Lunatic asylums United Provinces 1899-1908 - 1899-1908
Year: 1899
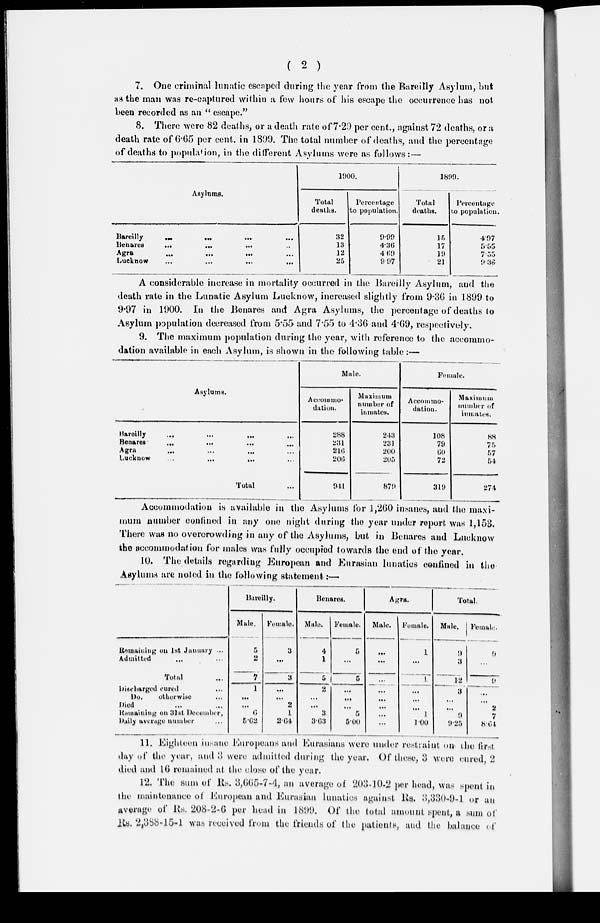
( 2 )
7. One criminal lunatic escaped during the year from the Bareilly Asylum, but
as the man wag re-captured within a few hours of his escape the occurrence has not
been recorded as an "escape."
8. There were 82 deaths, or a death rate of 7.29 per cent., against 72 deaths, or a
death rate of 6.65 per cent, in 1899. The total number of deaths, and the percentage
of deaths to population, in the different Asylums were as follows:—
Asylums.
Bareilly ... ... ... ...
Benares ... ... ... ...
Agra ... ... ... ...
Lucknow ... ... ... ...
1900.
Total
deaths.
32
13
12
25
Percentage
to population.
9.99
4.36
4 .69
9.97
1899.
Total
deaths.
15
17
19
21
Percentage
to population.
4.97
5.55
7.55
9.36
A considerable increase in mortality occurred in the Bareilly Asylum, and the
death rate in the Lunatic Asylum Lucknow, increased slightly from 9.36 in 1899 to
9.97 in 1900. In the Benares and Agra Asylums, the percentage of deaths to
Asylum population decreased from 5.55 and 7.55 to 4.36 and 4.69, respectively.
9. The maximum population during the year, with reference to the accommo-
dation available in each Asylum, is shown in the following table:—
Asylums.
Rareilly ... ... ... ...
Benares
...
...
...
Agra ... ... ... ...
Lucknow
...
...
...
...
Total
Male.
Accommo-
dation.
288
231
216
206
941
Maximum
number of
inmates.
243
231
200
205
870
Female.
Accommo-
dation.
108
79
60
72
310
Maximum
number of
inmates.
88
75
57
54
274
Accommodation is available in the Asylums for 1,260 insanes, and the maxi-
mum number confined in any one night during the year under report was 1,153.
There was no overcrowding in any of the Asylums, but in Benares and Lucknow
the accommodation for males was fully occupied towards the end of the year.
10. The details regarding European and Eurasian lunatics cenfined in the
Asylums are noted in the following statement:—
Remaining on 1st January ...
Admitted
...
...
Total ...
Discharged cured ...
Do.
otherwise ...
Died ... ...
Remaining on 3lst December,
Daily average number ... ...
Bareilly.
Male.
5
2
7
1
...
...
6
5.62
Female.
3
...
3
...
...
2
1
2.64
Benares.
Male.
4
1
5
2
...
3
3.63
Female.
5
...
5
...
...
...
5
5.00
Agra.
Male.
...
...
...
...
...
...
...
...
Female.
1
...
1
...
...
...
1
1.00
Total.
Male.
9
3
12
3
...
...
9
9.25
Female.
9
...
9
...
...
2
7
8.64
11. Eighteen insane Europeans and Eurasians were under restraint on the first
day of the year, and 3 were admitted during the year. Of these, 3 were cured, 2
died and 16 remained at the close of the year.
12. The sum of Rs. 3,665-7-4, an average of 203-10-2 per head, was spent in
the maintenance of European and Eurasian lunatics against Rs. 3,330-9-l or an
average of Rs. 208-2-6 per head in 1899. Of the total amount spent, a sum of
Rs. 2,388-15-1 was received from the friends of the patients, and the balance of